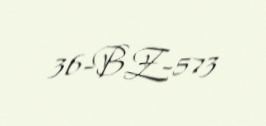
36-BZ-573